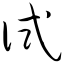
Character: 试